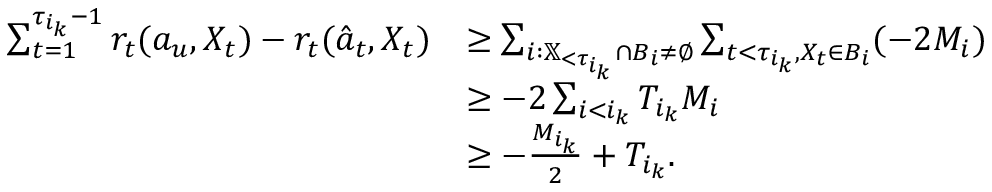
\begin{array} { r l } { \sum _ { t = 1 } ^ { \tau _ { i _ { k } } - 1 } r _ { t } ( a _ { u } , X _ { t } ) - r _ { t } ( \hat { a } _ { t } , X _ { t } ) } & { \geq \sum _ { i : \mathbb { X } _ { < \tau _ { i _ { k } } } \cap B _ { i } \neq \emptyset } \sum _ { t < \tau _ { i _ { k } } , X _ { t } \in B _ { i } } ( - 2 M _ { i } ) } \\ & { \geq - 2 \sum _ { i < i _ { k } } T _ { i _ { k } } M _ { i } } \\ & { \geq - \frac { M _ { i _ { k } } } { 2 } + T _ { i _ { k } } . } \end{array}